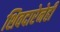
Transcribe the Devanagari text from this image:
शिवदारेनेही